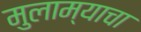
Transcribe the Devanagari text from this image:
मुलाम्याचा